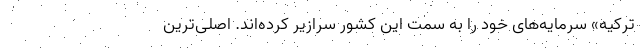
ترکیه» سرمایه‌های خود را به سمت این کشور سرازیر کرده‌اند. اصلی‌ترین